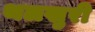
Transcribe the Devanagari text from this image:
थलखुरी